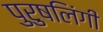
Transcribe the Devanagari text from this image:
पुरुषलिंगी